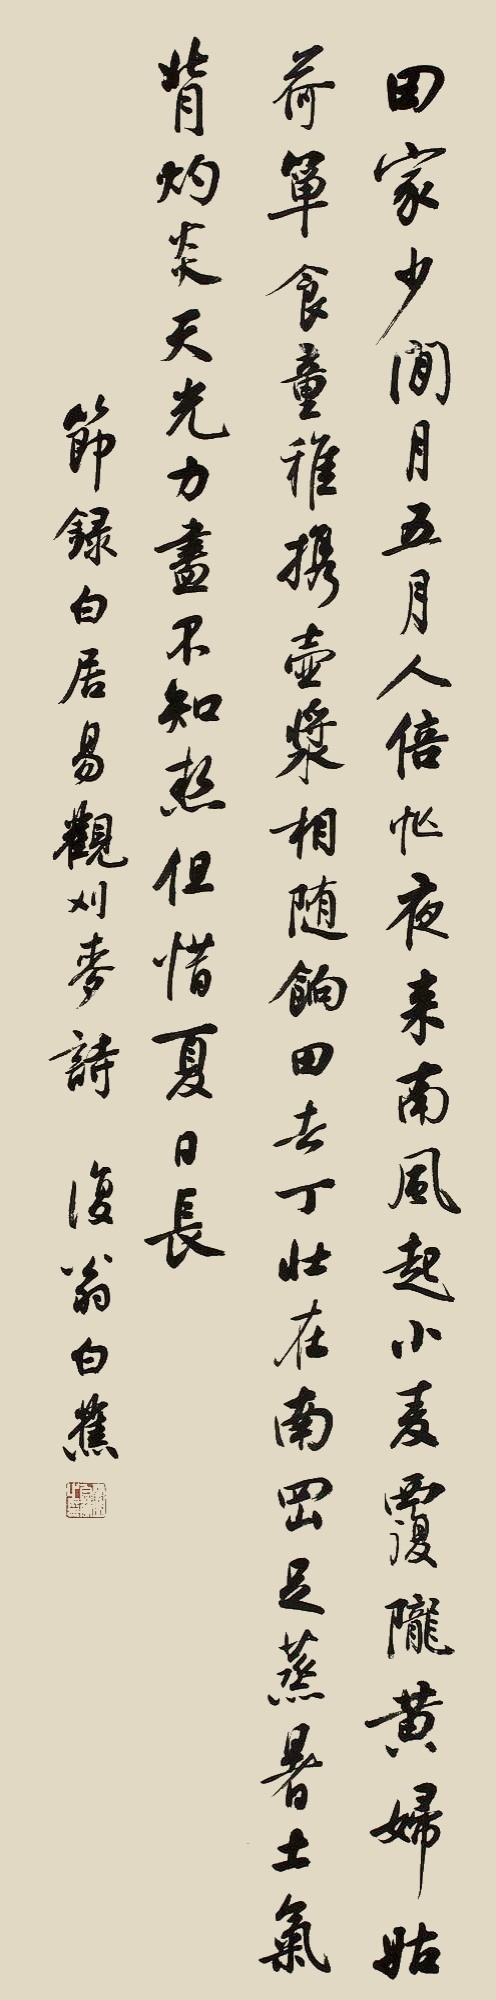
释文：田家少闲月，五月人倍忙。夜来南风起，小麦覆陇黄。妇姑荷箪食，童稚携壶浆。相随饷田去，丁壮在南冈。足蒸暑土气，背灼炎天光。力尽不知热，但惜夏日长。节录白居易《观刈麦诗》，复翁白蕉。